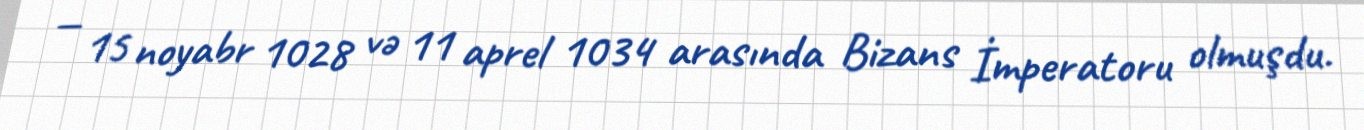
— 15 noyabr 1028 və 11 aprel 1034 arasında Bizans İmperatoru olmuşdu.